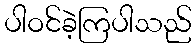
ပါဝင်ခဲ့ကြပါသည်